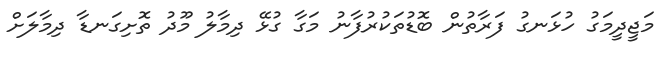
މަޖީދީމަގު ހުޅަނގު ފަރާތުން ބޮޑުތަކުރުފާނު މަގާ ގުޅޭ ދިމާލު މޫދު ތޮށިގަނޑާ ދިމާލަށް